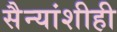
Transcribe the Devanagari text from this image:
सैन्यांशीही